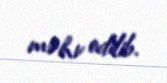
məhv edilib.